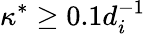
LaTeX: \kappa^{\ast}\geq 0.1d_{i}^{-1}